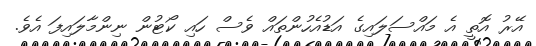
އޭރު އޮތީ އެ މައްސަލައިގެ އަޑުއެހުންތައް ވެސް ހައި ކޯޓުން ނިންމާލައިފަ އެވެ.